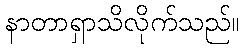
နာတာရှာသိလိုက်သည်။